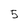
Character: 5